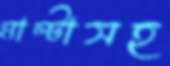
মাল্টাসহ